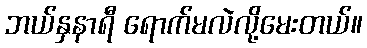
ဘယ်နှနာရီ ရောက်မလဲလို့မေးတယ်။